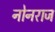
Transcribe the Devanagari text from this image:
नोनराज